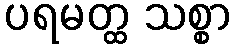
ပရမတ္ထ သစ္စာ